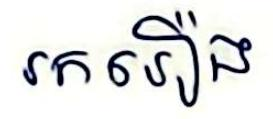
រករឿង